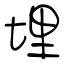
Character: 埋